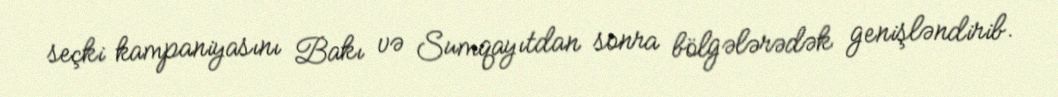
seçki kampaniyasını Bakı və Sumqayıtdan sonra bölgələrədək genişləndirib.